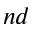
^ { n d }